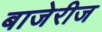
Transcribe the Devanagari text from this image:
बाजेरीज